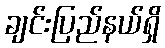
ချင်းပြည်နယ်ရှိ